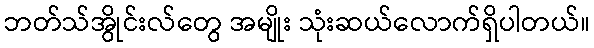
ဘတ်သ်အွိုင်းလ်တွေ အမျိုး သုံးဆယ်လောက်ရှိပါတယ်။